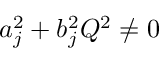
a _ { j } ^ { 2 } + b _ { j } ^ { 2 } Q ^ { 2 } \neq 0